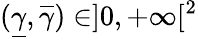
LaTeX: (\underline{{\gamma}},\overline{{\gamma}})\in]0,+\infty[^{2}